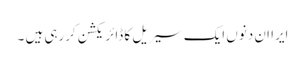
ایرا ان دنوں ایک سیریل کا ڈائریکشن کررہی ہیں ۔